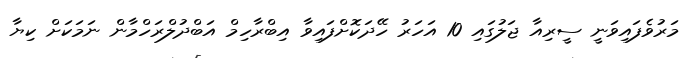
މަރުވެފައިވަނީ ސީރިއާ ޖަލުގައި 10 އަހަރު ހޭދަކޮށްފައިވާ އިބްރާހިމް އަބްދުލްރަހްމާން ނަމަކަށް ކިޔާ